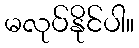
မလုပ်နိုင်ပါ။